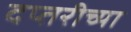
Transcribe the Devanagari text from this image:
दप्तरीच्या